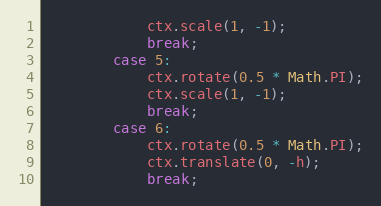
Language: JavaScript
            ctx.scale(1, -1);
            break;
        case 5:
            ctx.rotate(0.5 * Math.PI);
            ctx.scale(1, -1);
            break;
        case 6:
            ctx.rotate(0.5 * Math.PI);
            ctx.translate(0, -h);
            break;